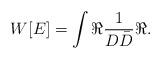
LaTeX: \begin{align*}W[E]=\int \Re\frac{1}{D\bar D}\Re.\end{align*}